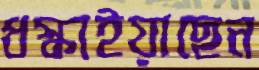
ধস্‌কাইয়াছেন